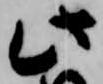
此